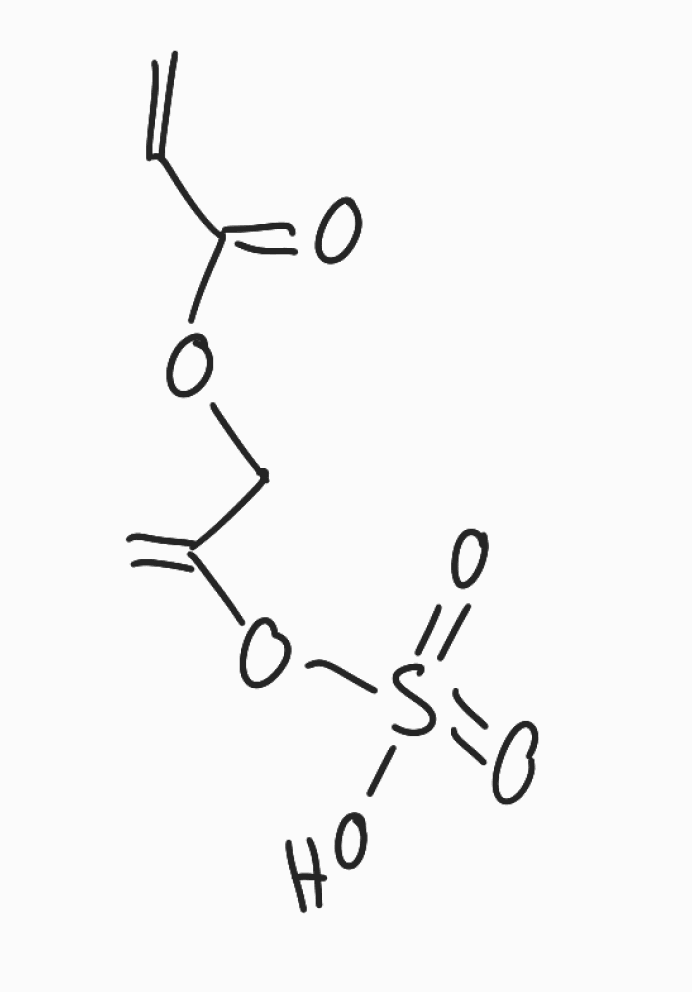
Simplified molecular-input line-entry system (SMILES) notation of the given molecule:
C=CC(=O)OCC(=C)OS(=O)(=O)O